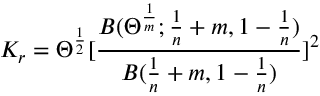
K _ { r } = \Theta ^ { \frac { 1 } { 2 } } [ \frac { B ( \Theta ^ { \frac { 1 } { m } } ; \frac { 1 } { n } + m , 1 - \frac { 1 } { n } ) } { B ( \frac { 1 } { n } + m , 1 - \frac { 1 } { n } ) } ] ^ { 2 }